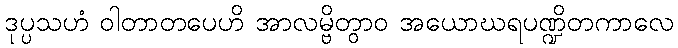
ဒုပ္ပသဟံ ဝါတာတပေဟိ အာလမ္ဗိတွာဝ အယောဃရပဏ္ဍိတကာလေ